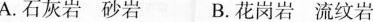
A.石灰岩砂岩 B.花岗岩流纹岩